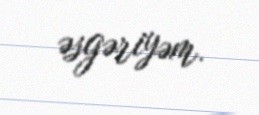
əsgəriyəm.